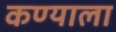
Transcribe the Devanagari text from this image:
कण्याला